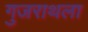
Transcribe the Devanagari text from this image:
गुजराथला